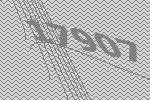
17907